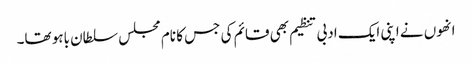
انھوں نے اپنی ایک ادبی تنظیم بھی قائم کی جس کا نام مجلس سلطان باہو تھا۔